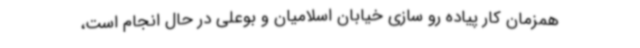
همزمان کار پیاده رو سازی خیابان اسلامیان و بوعلی در حال انجام است،